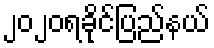
၂၀၂၀ရခိုင်ပြည်နယ်